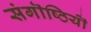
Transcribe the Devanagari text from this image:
संगॊष्ठियॊं